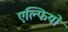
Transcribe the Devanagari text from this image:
एल्फियो